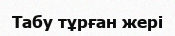
Табу тұрған жері